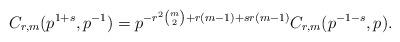
LaTeX: \begin{align*}C_{r,m}(p^{1+s},p^{-1}) = p^{-r^2\binom{m}{2}+r(m-1)+sr(m-1)} C_{r,m}(p^{-1-s},p).\end{align*}